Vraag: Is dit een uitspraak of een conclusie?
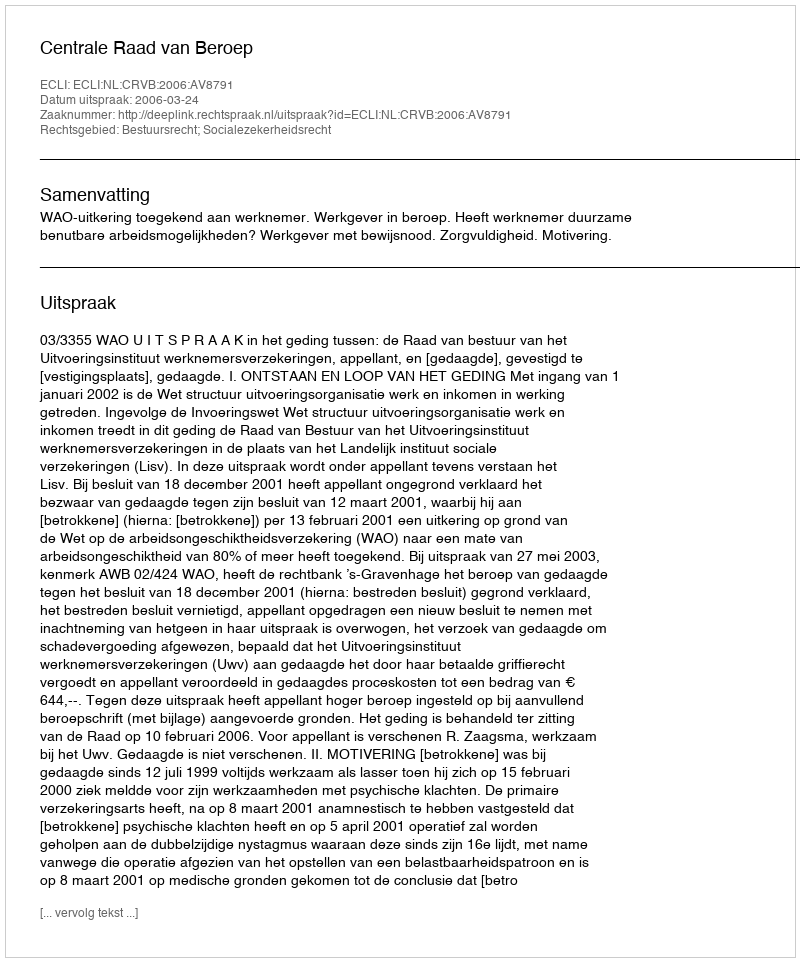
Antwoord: Uitspraak